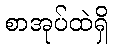
စာအုပ်ထဲရှိ